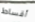
أقساط